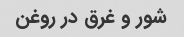
شور و غرق در روغن